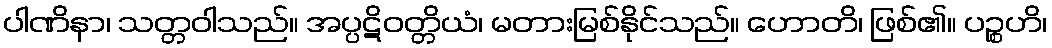
ပါဏိနာ၊ သတ္တဝါသည်။ အပ္ပဋိဝတ္တိယံ၊ မတားမြစ်နိုင်သည်။ ဟောတိ၊ ဖြစ်၏။ ပဉ္စဟိ၊